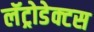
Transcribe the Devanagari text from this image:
लॅट्रोडेक्टस